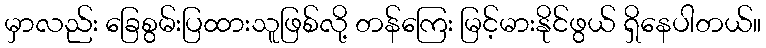
မှာလည်း ခြေစွမ်းပြထားသူဖြစ်လို့ တန်ကြေး မြင့်မားနိုင်ဖွယ် ရှိနေပါတယ်။